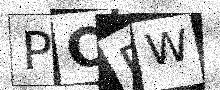
Text: PCFW